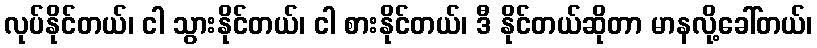
လုပ်နိုင်တယ်၊ ငါ သွားနိုင်တယ်၊ ငါ စားနိုင်တယ်၊ ဒီ နိုင်တယ်ဆိုတာ မာနလို့ခေါ်တယ်၊